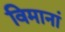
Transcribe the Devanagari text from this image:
विमानां